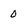
Character: 0